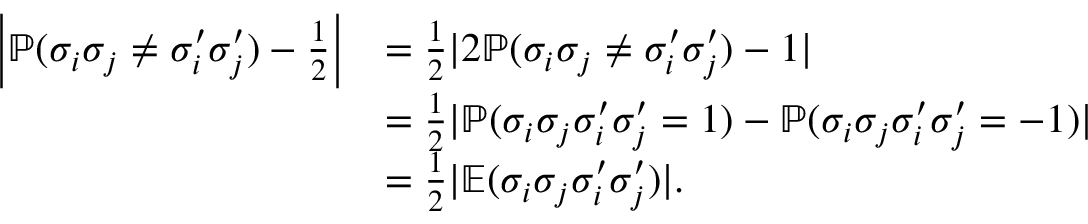
\begin{array} { r l } { \biggl | \mathbb { P } ( \sigma _ { i } \sigma _ { j } \ne \sigma _ { i } ^ { \prime } \sigma _ { j } ^ { \prime } ) - \frac { 1 } { 2 } \biggr | } & { = \frac { 1 } { 2 } | 2 \mathbb { P } ( \sigma _ { i } \sigma _ { j } \ne \sigma _ { i } ^ { \prime } \sigma _ { j } ^ { \prime } ) - 1 | } \\ & { = \frac { 1 } { 2 } | \mathbb { P } ( \sigma _ { i } \sigma _ { j } \sigma _ { i } ^ { \prime } \sigma _ { j } ^ { \prime } = 1 ) - \mathbb { P } ( \sigma _ { i } \sigma _ { j } \sigma _ { i } ^ { \prime } \sigma _ { j } ^ { \prime } = - 1 ) | } \\ & { = \frac { 1 } { 2 } | \mathbb { E } ( \sigma _ { i } \sigma _ { j } \sigma _ { i } ^ { \prime } \sigma _ { j } ^ { \prime } ) | . } \end{array}